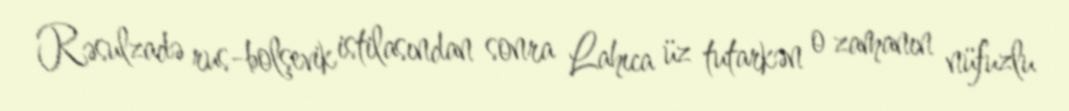
Rəsulzadə rus-bolşevik istilasından sonra Lahıca üz tutarkən o zamanın nüfuzlu